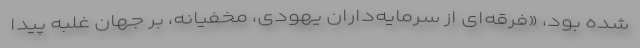
شده بود، «فرقه‌ای از سرمایه‌داران یهودی، مخفیانه، بر جهان غلبه پیدا